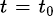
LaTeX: \scriptstyle t\; =\; t_{0}